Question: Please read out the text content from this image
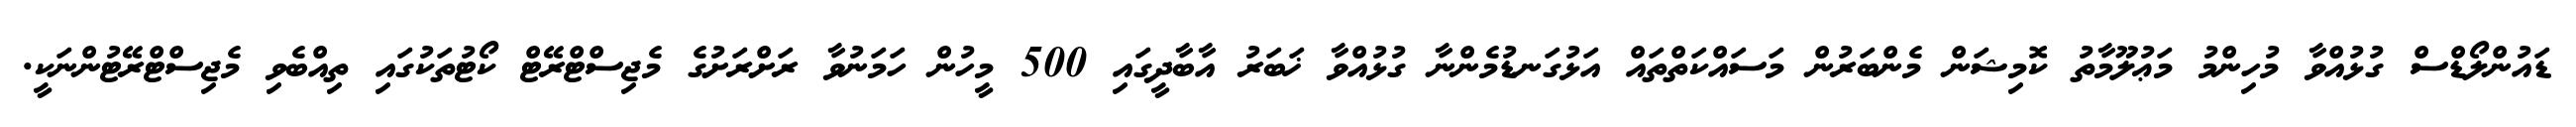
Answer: ޑައުންލޯޑްސް ގުޅުއްވާ މުހިންމު މަޢުލޫމާތު ކޮމިޝަން މެންބަރުން މަސައްކަތްތައް އަޅުގަނޑުމެންނާ ގުޅުއްވާ ޚަބަރު އާބާދީގައި 500 މީހުން ހަމަނުވާ ރަށްރަށުގެ މެޖިސްޓްރޭޓް ކޯޓުތަކުގައި ތިއްބެވި މެޖިސްޓްރޭޓުންނަކީ.